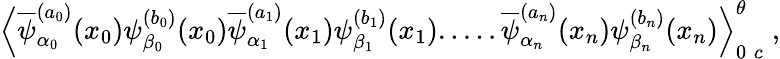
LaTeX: \Big\langle\overline{{{\psi}}}_{\alpha_{0}}^{(a_{0})}(x_{0})\psi_{\beta_{0}}^{(b_{0})}(x_{0})\overline{{{\psi}}}_{\alpha_{1}}^{(a_{1})}(x_{1})\psi_{\beta_{1}}^{(b_{1})}(x_{1}).....\overline{{{\psi}}}_{\alpha_{n}}^{(a_{n})}(x_{n})\psi_{\beta_{n}}^{(b_{n})}(x_{n})\Big\rangle_{0\; c}^{\theta}\; ,